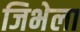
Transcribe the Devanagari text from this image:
जिभेला